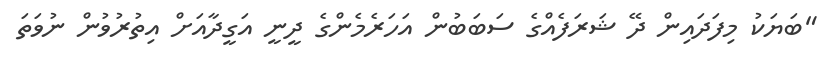
"ބަޔަކު މިފަދައިން ދޭ ޝަރަފެއްގެ ސަބަބުން އަހަރެމެންގެ ދީނީ އަގީދާއަށް އިތުރުވުން ނުވަތަ